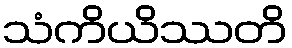
သံကိယိဿတိ